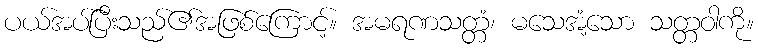
ပယ်အပ်ပြီးသည်၏အဖြစ်ကြောင့်။ အမရဏသတ္တံ၊ မသေအံ့သော သတ္တဝါကို။